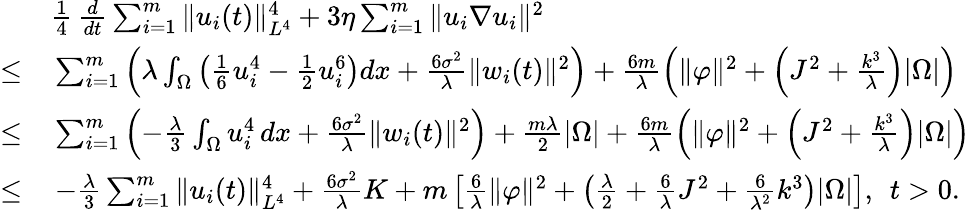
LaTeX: \begin{array}{rl}&{\frac{1}{4}\, \frac{d}{dt}\sum_{i=1}^{m}\| u_{i}(t)\| _{L^{4}}^{4}+3\eta\sum_{i=1}^{m}\| u_{i}\nabla u_{i}\| ^{2}}\\ {\leq}&{\, \sum_{i=1}^{m}\left(\lambda\int_{\Omega}\left(\frac{1}{6}u_{i}^{4}-\frac{1}{2}u_{i}^{6}\right)dx+\frac{6\sigma^{2}}{\lambda}\| w_{i}(t)\| ^{2}\right)+\frac{6m}{\lambda}\left(\| \varphi\| ^{2}+\left(J^{2}+\frac{k^{3}}{\lambda}\right)|\Omega|\right)}\\ {\leq}&{\, \sum_{i=1}^{m}\left(-\frac{\lambda}{3}\int_{\Omega}u_{i}^{4}\, dx+\frac{6\sigma^{2}}{\lambda}\| w_{i}(t)\| ^{2}\right)+\frac{m\lambda}{2}|\Omega|+\frac{6m}{\lambda}\left(\| \varphi\| ^{2}+\left(J^{2}+\frac{k^{3}}{\lambda}\right)|\Omega|\right)}\\ {\leq}&{\, -\frac{\lambda}{3}\sum_{i=1}^{m}\| u_{i}(t)\| _{L^{4}}^{4}+\frac{6\sigma^{2}}{\lambda}K+m\left[\frac{6}{\lambda}\| \varphi\| ^{2}+\left(\frac{\lambda}{2}+\frac{6}{\lambda}J^{2}+\frac{6}{\lambda^{2}}k^{3}\right)|\Omega|\right],\; \, t>0.}\end{array}